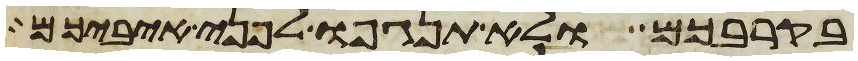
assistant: בקרבכם ולא תנגפו לפני איביכם